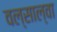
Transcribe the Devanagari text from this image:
वल्साल्वा